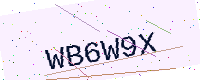
Text: WB6W9X